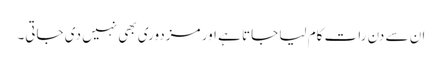
ان سے دن رات کام لیا جاتا ہے اور مزدوری بھی نہیں دی جاتی۔